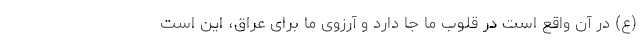
(ع) در آن واقع است در قلوب ما جا دارد و آرزوی ما برای عراق، این است